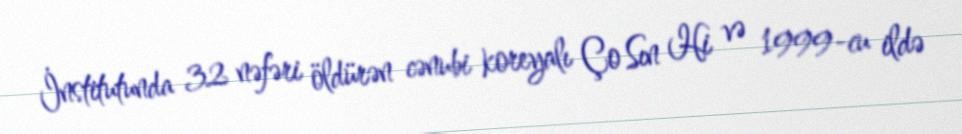
İnstitutunda 32 nəfəri öldürən cənubi koreyalı Ço Sın Hi və 1999-cu ildə